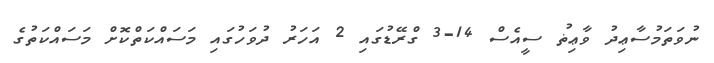
ނުވަތަމުސާޢިދު ވާޢިޡު ސީއެސް 14-3 ގްރޭޑުގައި 2 އަހަރު ދުވަހުގައި މަސައްކަތްކޮށް މަސައްކަތުގެ